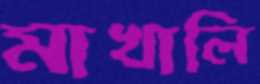
মাখালি